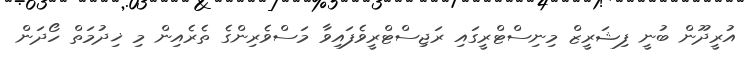
އުރީދޫން ބުނީ ފިޝަރީޒް މިނިސްޓްރީގައި ރަޖިސްޓްރީވެފައިވާ މަސްވެރިންގެ ތެރެއިން މި ޚިދުމަތް ހޯދަން